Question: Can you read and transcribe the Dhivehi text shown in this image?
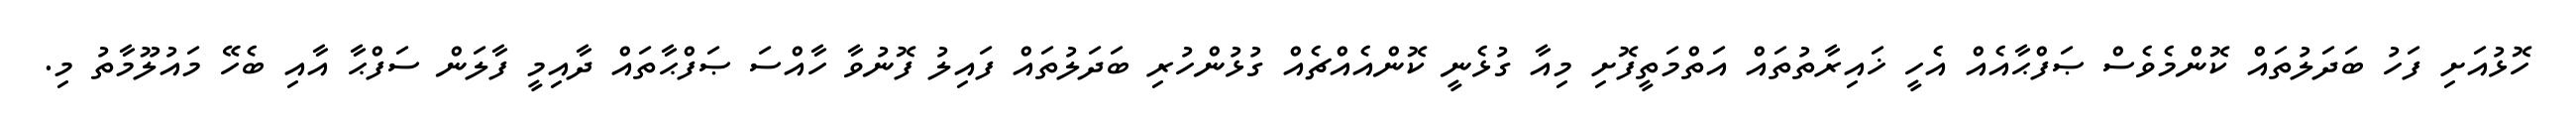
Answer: ހޮޅުއަށި ފަހު ބަދަލުތައް ކޮންމެވެސް ޞަފްޙާއެއް އެހީ ޚައިރާތުތައް އަތްމަތީފޮށި މިއާ ގުޅެނީ ކޮންއެއްޗެއް ގުޅުންހުރި ބަދަލުތައް ފައިލު ފޮނުވާ ހާއްސަ ޞަފްޙާތައް ދާއިމީ ފާލަން ސަފްޙާ އާއި ބެހޭ މައުލޫމާތު މި.